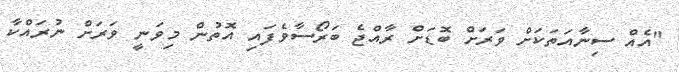
"އެއް ސިނާއަތަކަށް ވަރަށް ބޮޑަށް ރާއްޖެ ބަރޯސާވެފައި އޮތުން މިވަނީ ވަރަށް ނުރައްކާ